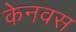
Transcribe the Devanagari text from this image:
केनवस